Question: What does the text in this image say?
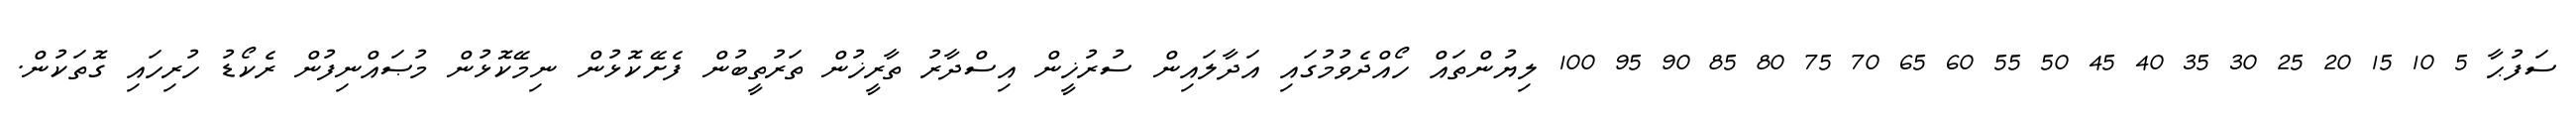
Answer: ސަފުޙާ 5 10 15 20 25 30 35 40 45 50 55 60 65 70 75 80 85 90 95 100 ލިޔުންތައް ހޯއްދެވުމުގައި އަދާލައިން ސުރުޚީން އިސްދާރު ތާރީޚުން ތަރުތީބުން ފެށޭކޮޅުން ނިމޭކޮޅުން މުޞައްނިފުން ރެކޯޑު ހުރިހައި ގޮތަކުން.